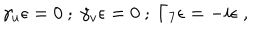
\gamma _ { u } \epsilon = 0 ~ ; ~ \gamma _ { v } \epsilon = 0 ~ ; ~ \Gamma _ { 7 } \epsilon = - i \epsilon ~ ,